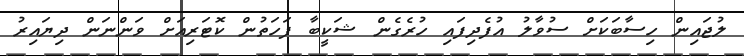
ލުޖައިން ހިސާބަކަށް ސުވާލު އުފެދިފައި ހުރެގެން ޝަކީބާ ފަހަތުން ކޮޓަރިއަށް ވަންނަން ދިޔައިރު